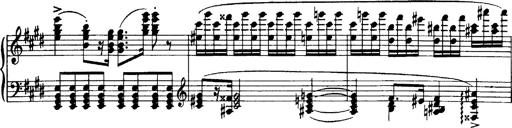
Title: OuvertÃ¼re zu TannhÃ¤user
Composer: Franz Liszt